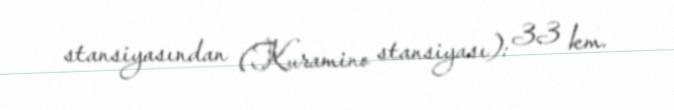
stansiyasından (Kuramino stansiyası): 33 km.